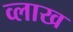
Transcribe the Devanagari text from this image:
व्लाख